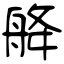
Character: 舽